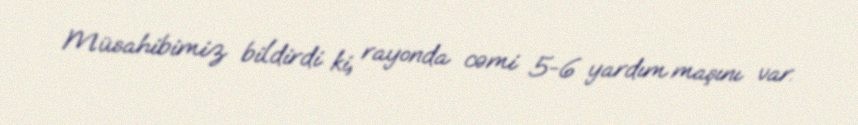
Müsahibimiz bildirdi ki, rayonda cəmi 5-6 yardım maşını var.